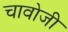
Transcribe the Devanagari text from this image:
चावोजी